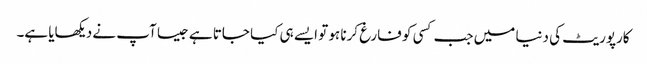
کارپوریٹ کی دنیا میں جب کسی کو فارغ کرنا ہو تو ایسے ہی کیا جاتا ہے جیسا آپ نے دیکھایا ہے۔